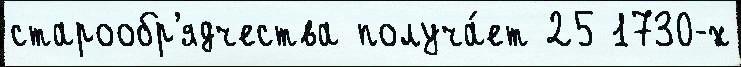
старообр'ядчества получа́ет 25 1730-х